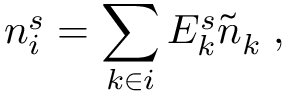
n _ { i } ^ { s } = \sum _ { k \in i } E _ { k } ^ { s } \tilde { n } _ { k } \; ,